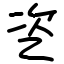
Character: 乲